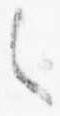
之